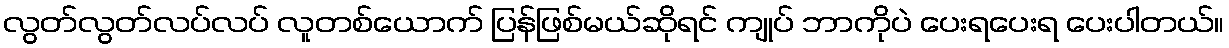
လွတ်လွတ်လပ်လပ် လူတစ်ယောက် ပြန်ဖြစ်မယ်ဆိုရင် ကျုပ် ဘာကိုပဲ ပေးရပေးရ ပေးပါတယ်။